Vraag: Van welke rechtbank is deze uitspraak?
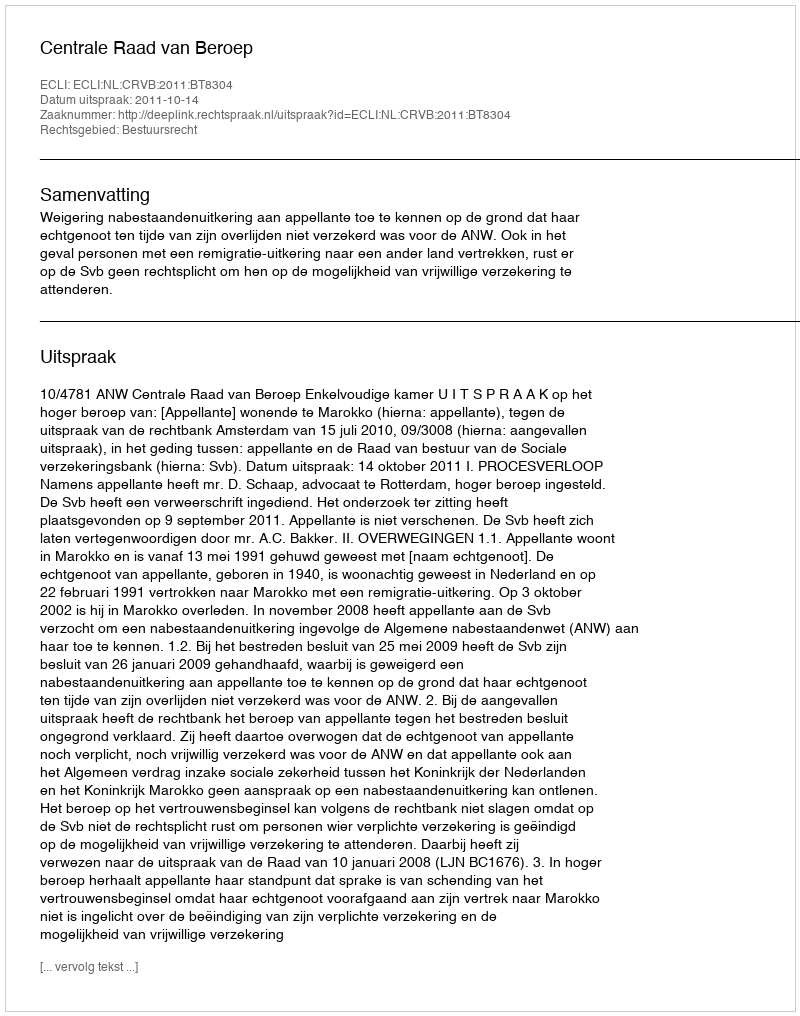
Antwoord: Centrale Raad van Beroep